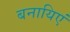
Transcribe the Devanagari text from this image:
बनायिएं